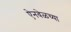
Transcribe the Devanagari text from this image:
ऐनवेळच्या